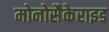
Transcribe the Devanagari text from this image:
मोनोसैकेराइड